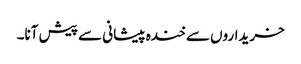
خریداروں سے خندہ پیشانی سے پیش آنا۔